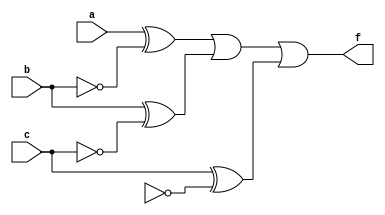
/*******************************************************************************/
/*Program Name: lab6Comb.v */
/*Description: Verilog description and test bench for a combinational circuit*/
/*Author: Eithne Amos */
/*Person number: 50209909 */
/*Date of completion: 12/8/2017 */
/*******************************************************************************/
module f_comb(a, b, c, f);
//inputs
input a, b, c;
//outputs
output f;
wire b_n, c_n, d_n, x_1, x_2, x_3, or_1;
//primitives
not(b_n, b);
not(c_n, c);
not(d_n, d);
xor(x_1, a, b_n);
xor(x_2, b, c_n);
xor(x_3, c, d_n);
or(or_1, x_1, x_2);
or(f, or_1, x_3);
endmodule

//testbench
module test_f;
reg t_a, t_b, t_c;
wire t_f;
f_comb in1(t_a, t_b, t_c, t_f);
initial
begin
t_a = 0; t_b = 0; t_c = 0;
#20
t_c = 1; 
#20
t_b = 1; t_c = 0;
#20
t_c = 1;
#20
t_a = 1; t_b = 0; t_c = 0;
#20
t_c = 1;
#20
t_b = 1; t_c = 0;
#20
t_c = 1;
end

// produce file
initial 
begin
$dumpfile("lab6Comb.vcd");
$dumpvars(0, test_f);
$monitor("inputs: a = %b, b = %b, c = %b | outputs: f = %b", t_a, t_b, t_c, t_f);
end
endmodule